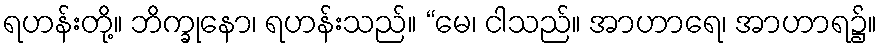
ရဟန်းတို့။ ဘိက္ခုနော၊ ရဟန်းသည်။ “မေ၊ ငါသည်။ အာဟာရေ၊ အာဟာရ၌။